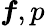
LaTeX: \boldsymbol f,p